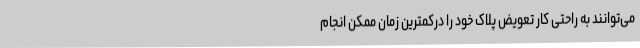
می‌توانند به راحتی کار تعویض پلاک خود را درکمترین زمان ممکن انجام